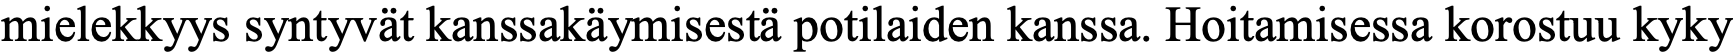
mielekkyys syntyvät kanssakäymisestä potilaiden kanssa. Hoitamisessa korostuu kyky